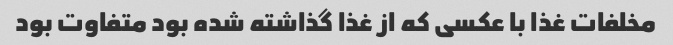
مخلفات غذا با عکسی که از غذا گذاشته شده بود متفاوت بود